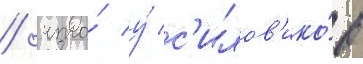
/ что́ у́ с'илов'ико́в